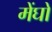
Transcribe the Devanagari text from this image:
मेंघों